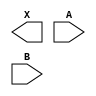
module sky130_fd_sc_hs__xor2 (
    X,
    A,
    B
);

    output X;
    input  A;
    input  B;

    // Voltage supply signals
    supply1 VPWR;
    supply0 VGND;

endmodule